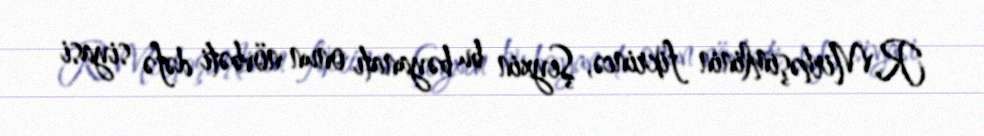
R.Mirhəşimlinin fikrincə, Şeyxin bu bəyanatı onun növbəti dəfə siyasi